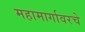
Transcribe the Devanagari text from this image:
महामार्गावरचे